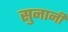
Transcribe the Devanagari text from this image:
सुनानी